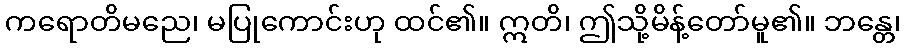
ကရောတိမညေ၊ မပြုကောင်းဟု ထင်၏။ ဣတိ၊ ဤသို့မိန့်တော်မူ၏။ ဘန္တေ၊